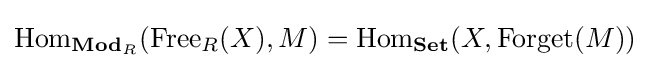
\operatorname {Hom} _{\mathbf {Mod} _{R}}(\operatorname {Free} _{R}(X),M)=\operatorname {Hom} _{\mathbf {Set} }(X,\operatorname {Forget} (M))